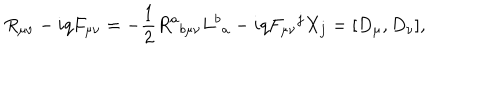
R _ { \mu \nu } - i q F _ { \mu \nu } = - \frac { 1 } { 2 } R ^ { a } { } _ { b \mu \nu } L ^ { b } { } _ { a } - i q F _ { \mu \nu } { } ^ { j } X _ { j } = [ D _ { \mu } , D _ { \nu } ] ,